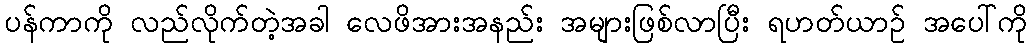
ပန်ကာကို လည်လိုက်တဲ့အခါ လေဖိအားအနည်း အများဖြစ်လာပြီး ရဟတ်ယာဉ် အပေါ်ကို